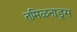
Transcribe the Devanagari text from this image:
तमिळनाडूस